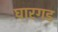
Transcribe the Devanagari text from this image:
घारगड